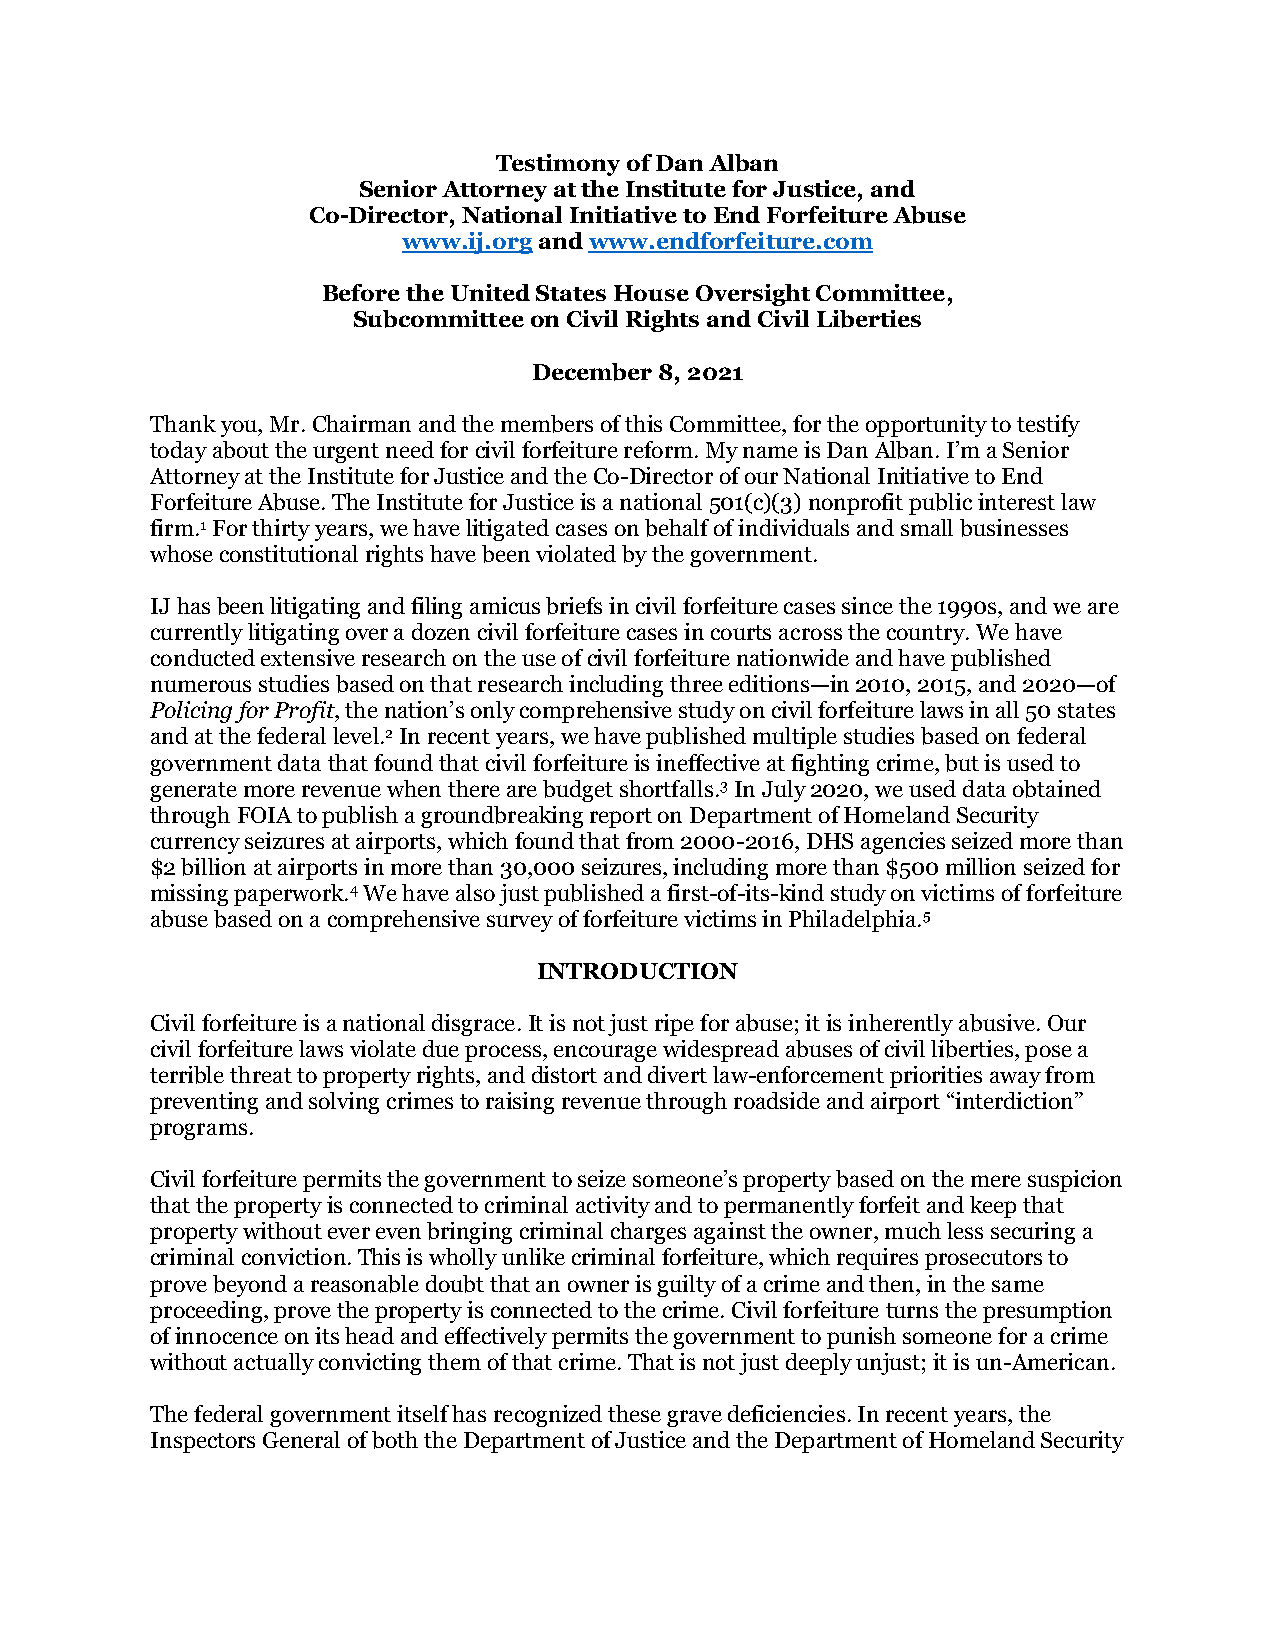
Testimony of Dan Alban
 Senior Attorney at the Institute for Justice, and
 Co-Director, National Initiative to End Forfeiture Abuse
 www.ij.org and www.endforfeiture.com
 Before the United States House Oversight Committee,
 Subcommittee on Civil Rights and Civil Liberties
 December 8, 2021
 Thank you, Mr. Chairman and the members of this Committee, for the opportunity to testify
 today about the urgent need for civil forfeiture reform. My name is Dan Alban. I’m a Senior
 Attorney at the Institute for Justice and the Co-Director of our National Initiative to End
 Forfeiture Abuse. The Institute for Justice is a national 501(c)(3) nonprofit public interest law
 firm.1 For thirty years, we have litigated cases on behalf of individuals and small businesses
 whose constitutional rights have been violated by the government.
 IJ has been litigating and filing amicus briefs in civil forfeiture cases since the 1990s, and we are
 currently litigating over a dozen civil forfeiture cases in courts across the country. We have
 conducted extensive research on the use of civil forfeiture nationwide and have published
 numerous studies based on that research including three editions—in 2010, 2015, and 2020—of
 Policing for Profit, the nation’s only comprehensive study on civil forfeiture laws in all 50 states
 and at the federal level.2 In recent years, we have published multiple studies based on federal
 government data that found that civil forfeiture is ineffective at fighting crime, but is used to
 generate more revenue when there are budget shortfalls.3 In July 2020, we used data obtained
 through FOIA to publish a groundbreaking report on Department of Homeland Security
 currency seizures at airports, which found that from 2000-2016, DHS agencies seized more than
 $2 billion at airports in more than 30,000 seizures, including more than $500 million seized for
 missing paperwork.4 We have also just published a first-of-its-kind study on victims of forfeiture
 abuse based on a comprehensive survey of forfeiture victims in Philadelphia.5
 INTRODUCTION
 Civil forfeiture is a national disgrace. It is not just ripe for abuse; it is inherently abusive. Our
 civil forfeiture laws violate due process, encourage widespread abuses of civil liberties, pose a
 terrible threat to property rights, and distort and divert law-enforcement priorities away from
 preventing and solving crimes to raising revenue through roadside and airport “interdiction”
 programs.
 Civil forfeiture permits the government to seize someone’s property based on the mere suspicion
 that the property is connected to criminal activity and to permanently forfeit and keep that
 property without ever even bringing criminal charges against the owner, much less securing a
 criminal conviction. This is wholly unlike criminal forfeiture, which requires prosecutors to
 prove beyond a reasonable doubt that an owner is guilty of a crime and then, in the same
 proceeding, prove the property is connected to the crime. Civil forfeiture turns the presumption
 of innocence on its head and effectively permits the government to punish someone for a crime
 without actually convicting them of that crime. That is not just deeply unjust; it is un-American.
 The federal government itself has recognized these grave deficiencies. In recent years, the
 Inspectors General of both the Department of Justice and the Department of Homeland Security